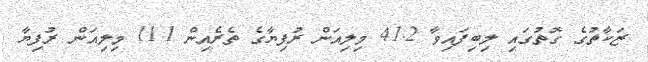
ޒަކާތުގެ ގޮތުގައި ލިބިފައިވާ 41.2 މިލިއަން ރުފިޔާގެ ތެރެއިން 11.1 މިލިއަން ރުފިޔާ